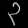
Digit: ၃